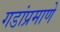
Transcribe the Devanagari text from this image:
गडांप्रमाणे